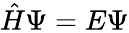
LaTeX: {\hat{H}}\Psi=E\Psi